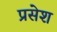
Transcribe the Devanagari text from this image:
प्रसेश